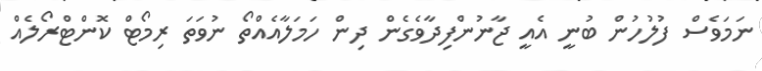
ނަމަވެސް ފުލުހުން ބުނީ އެއީ ޖާނުންފިދާވެގެން ދިން ހަމަލާއެއްތޯ ނުވަަތަ ރިމޯޓް ކޮންޓްރޯލެއް